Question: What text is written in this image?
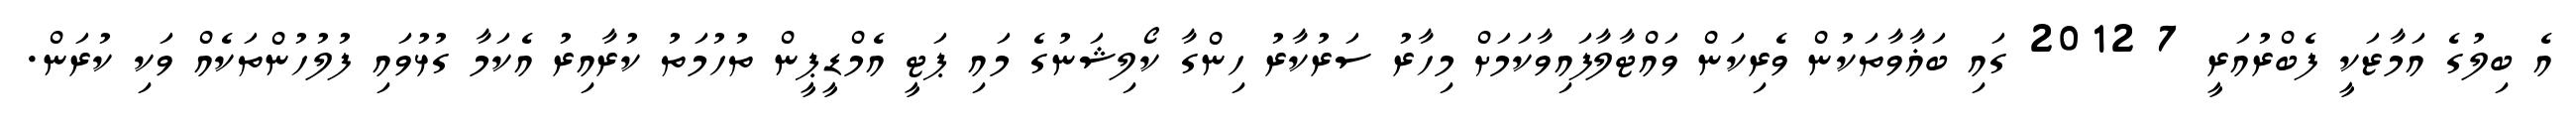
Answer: އެ ބިލުގެ އަމާޒަކީ ފެބްރުއަރީ 7 2012 ގައި ބަޣާވާތަކުން ވެރިކަން ވައްޓާލާފައިވާކަމަށް މިހާރު ސަރުކާރު ހިންގާ ކޯލިޝަނުގެ މައި ޕަޓީ އެމްޑީޕީން ތުހުމަތު ކުރާއިރު އެކަމާ ގުޅުވައި ފުލުހުންތަކެއް ވަކި ކުރަން.